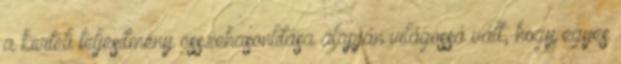
a kiviteli teljesítmény összehasonlítása alapján világossá vált, hogy egyes